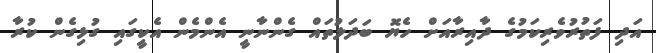
އަދި ފަތުރުވެރިކަމުގެ ދާއިރާއަށް ހެޔޮ ބަދަލުތައް ގެންނާނީ އެންމެން އެކީގައި ގުޅިގެން ކުރާ